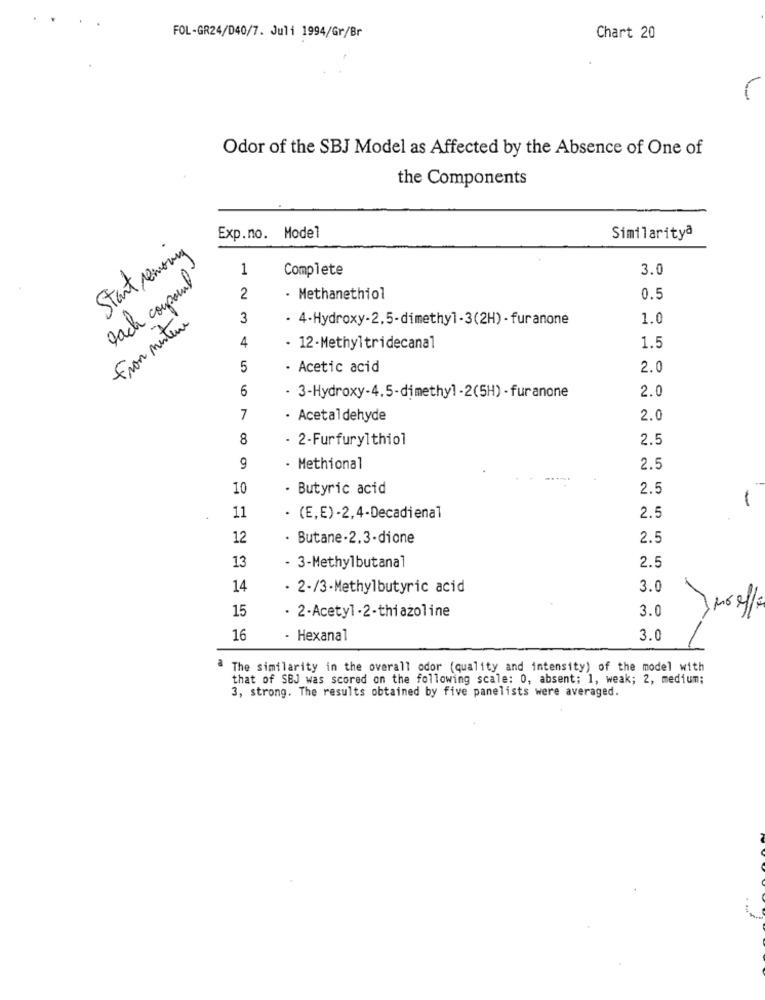
FOL-GR24/040/7. Juli 1994/Gr/Br
Chart 20
Odor of the SBJ Model as Affected by the Absence of One of
the Components
Exp.no. Model
Similarityª
Start removing
1
Complete
3.0
bach coupant
2
- Methanethiol
0.5
from mentene
3
· 4-Hydroxy-2,5-dimethyl -3(2H) - furanone
1.0
4
- 12-Methyltridecanal
1.5
5
- Acetic acid
2.0
6
2.0
- 3-Hydroxy-4.5-dimethyl -2(5H) - furanone
7
- Acetaldehyde
2.0
8
- 2-Furfurylthiol
2.5
9
· Methional
2.5
10
· Butyric acid
2.5
11
· (E,E) -2,4-Decadienal
2.5
12
· Butane-2.3-dione
2.5
13
- 3-Methylbutanal
2.5
14
· 2-/3-Methylbutyric acid
3.0
15
. 2-Acetyl -2-thiazoline
3.0
16
- Hexanal
3.0
The similarity in the overall odor (quality and intensity) of the model with
that of SBJ was scored on the following scale: 0, absent; 1, weak; 2, medium;
3, strong. The results obtained by five panelists were averaged.